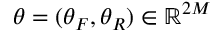
\theta = ( \theta _ { F } , \theta _ { R } ) \in \mathbb { R } ^ { 2 M }